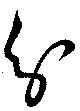
分